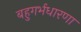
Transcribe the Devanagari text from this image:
बहुगर्भधारणा